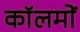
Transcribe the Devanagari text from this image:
काॅलमों